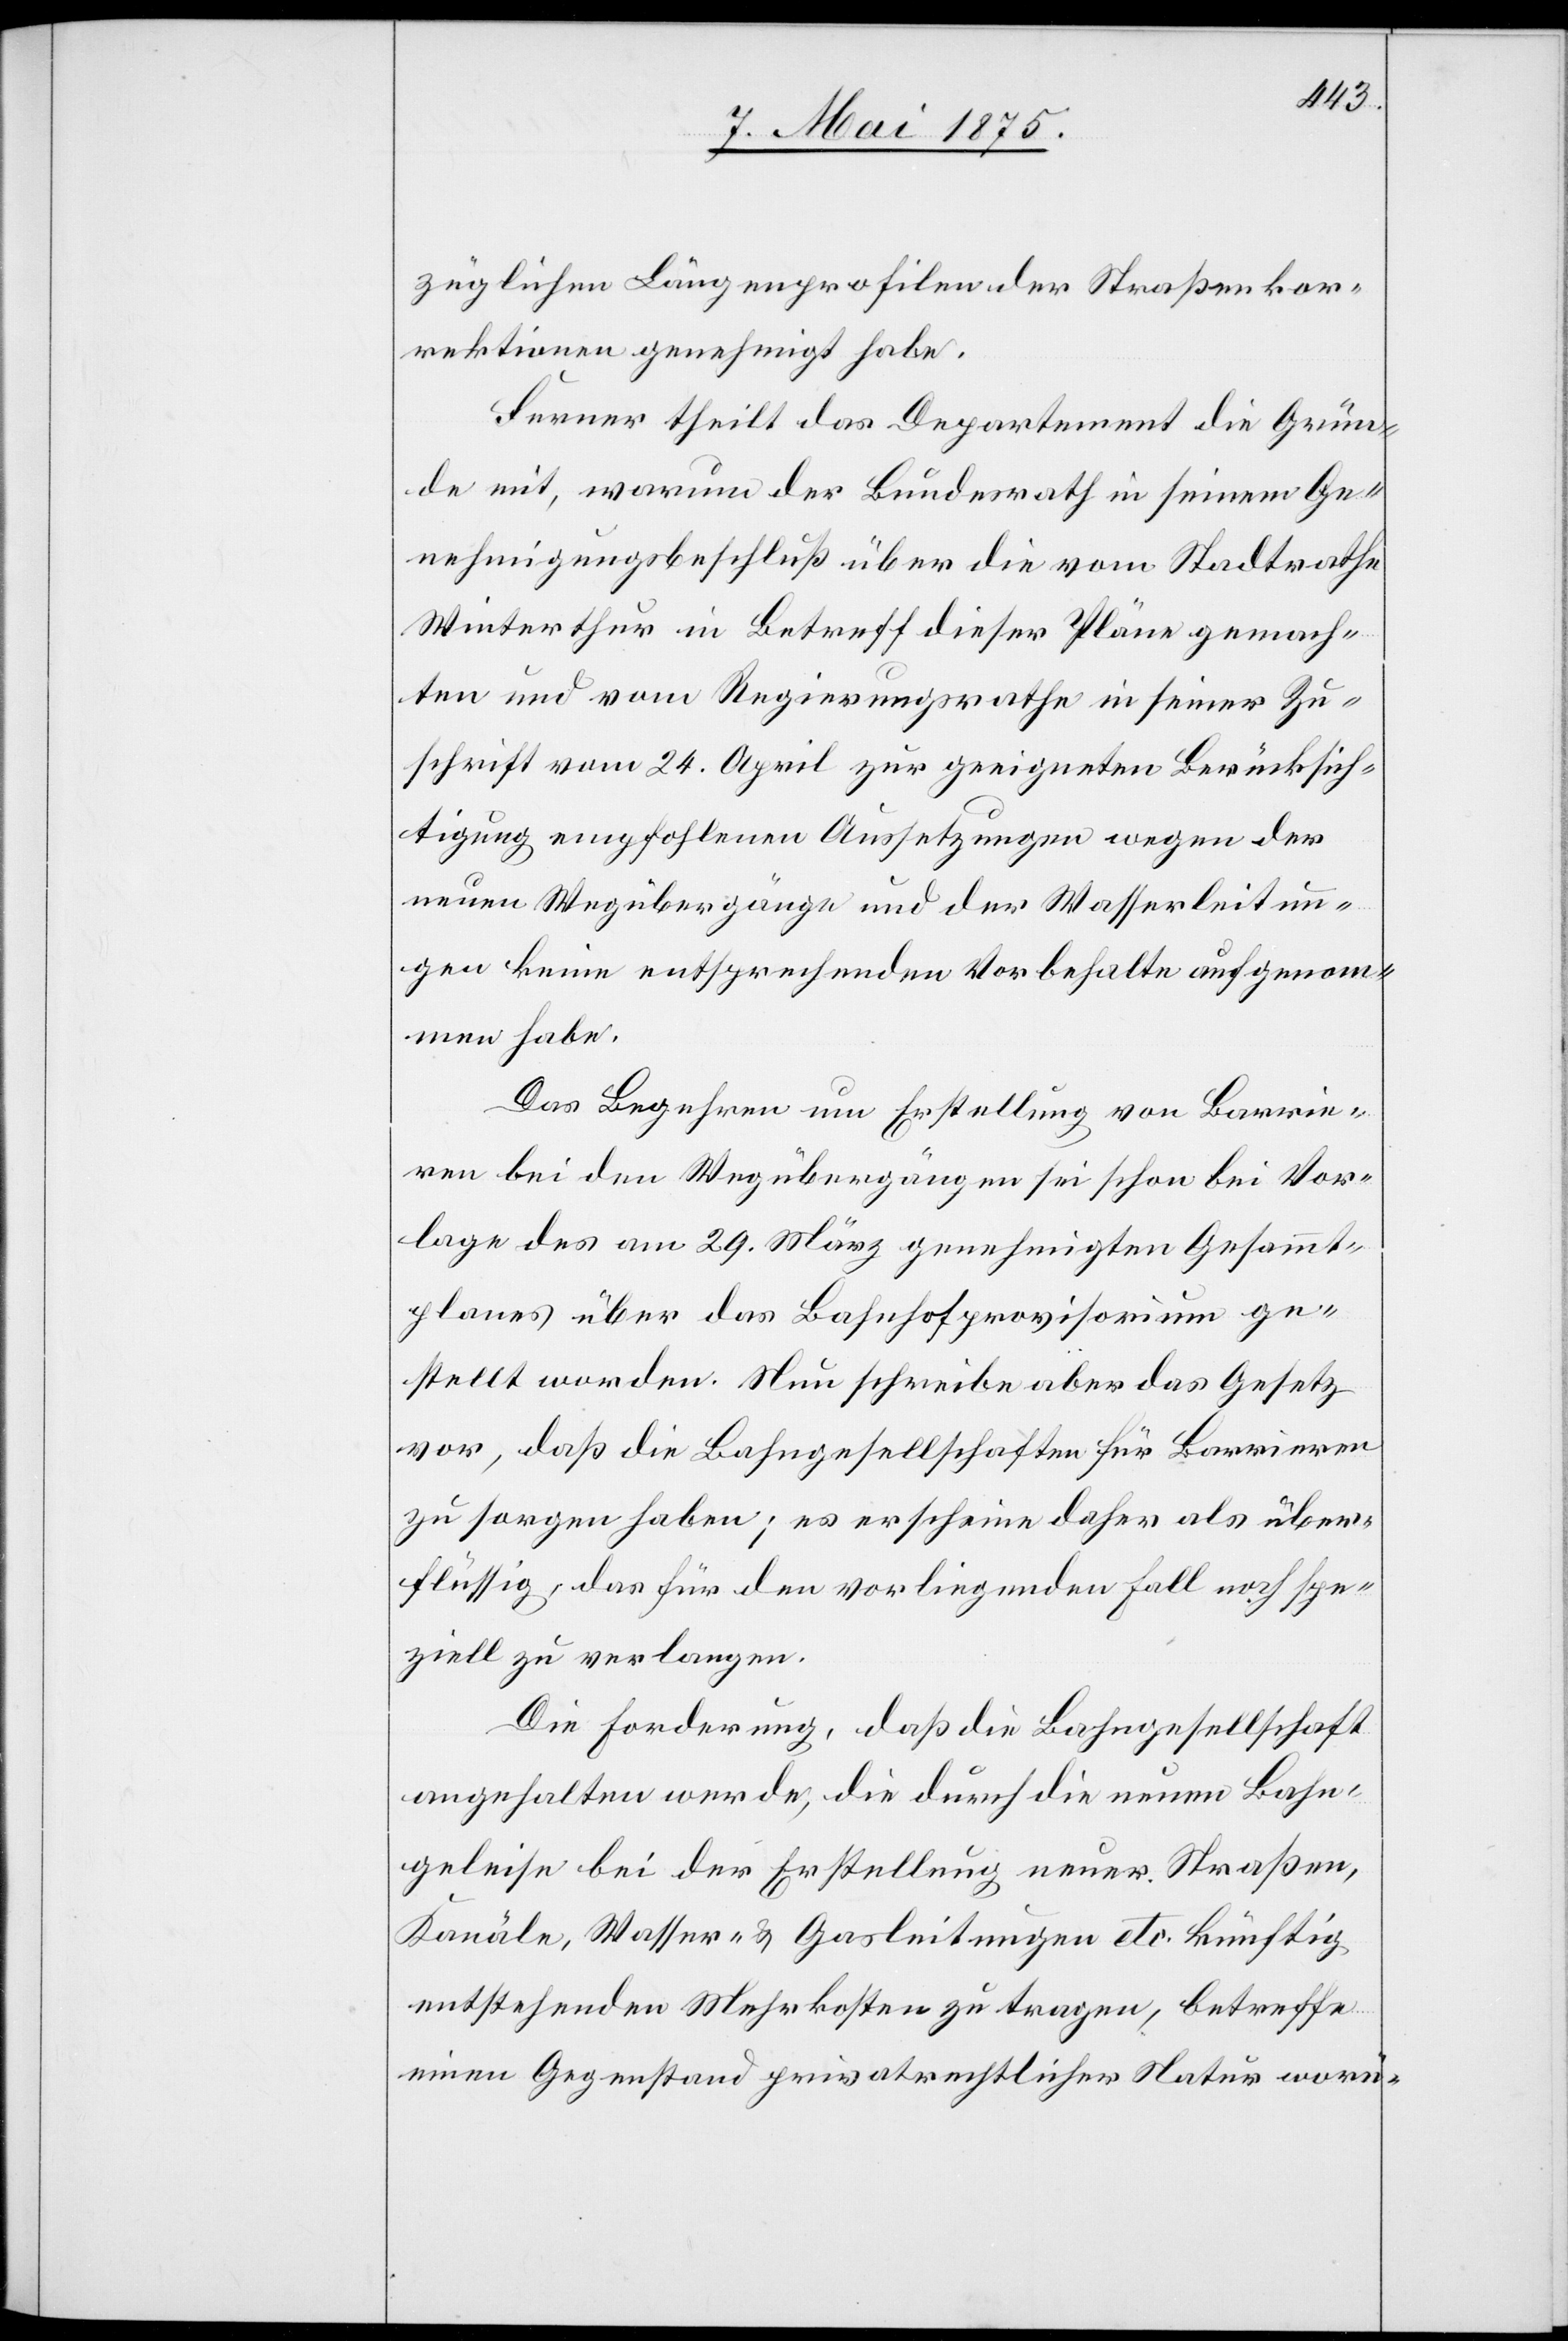
züglichen Längenprofilen der Straßenkor¬
rektionen genehmigt habe.
Ferner theilt da Departement die Grün¬
de mit, warum der Bundesrath in seinem Ge¬
nehmigungsbeschluß über die vom Stadtrathe
Winterthur in Betreff dieser Pläne gemach¬
ten und vom Regierungsrathe in seiner Zu¬
schrift vom 24. April zur geeigneten Berücksich¬
tigung empfohlenen Aussetzungen wegen der
neuen Wegübergänge und der Wasserleitun¬
gen keine entsprechenden Vorbehalte aufgenom¬
men habe.
Das Begehren um Erstellung von Barrie¬
ren bei den Wegübergängen sei schon bei Vor¬
lage des am 29. März genehmigten Gesammt¬
planes über das Bahnhofprovisorium ge¬
stellt worden. nun schreibe aber das Gesetz
vor, daß die Bahngesellschaften für Barrieren
zu sorgen haben; es erscheine daher als über¬
flüssig, das für den vorliegenden Fall noch spe¬
ziell zu verlangen.
Die Forderung, daß die Bahngesellschaft
angehalten werde, die durch die neuen Bahn¬
geleise bei der Erstellung neuer Straßen,
Kanäle, Wasser- & Gasleitungen etc. künftig
entsprechende Mehrkosten zu tragen, betreffe
einen Gegenstand privatrechtlicher Natur worü-